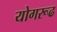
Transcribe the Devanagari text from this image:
योगरूढ